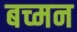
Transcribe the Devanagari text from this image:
बच्मन